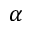
\alpha